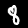
Digit: 8